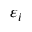
\varepsilon _ { i }